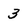
Character: 3